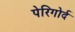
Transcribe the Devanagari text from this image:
पेरिगोर्द